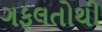
ગફલતોથી